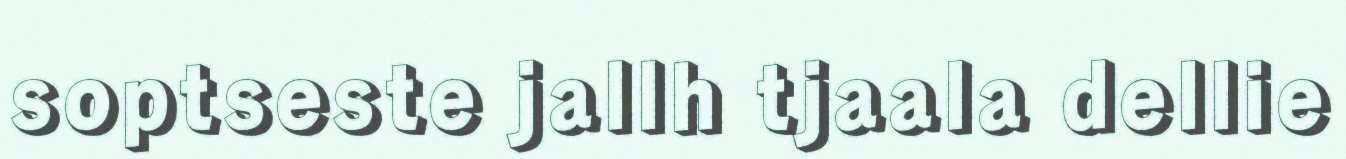
soptseste jallh tjaala dellie